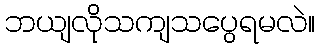
ဘယျလိုသကျသပွေရမလဲ။